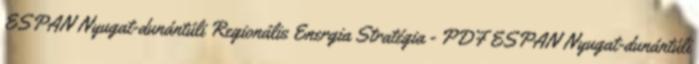
ESPAN Nyugat-dunántúli Regionális Energia Stratégia - PDF ESPAN Nyugat-dunántúli